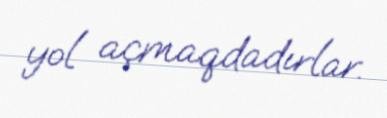
yol açmaqdadırlar.